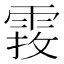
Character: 𩃂